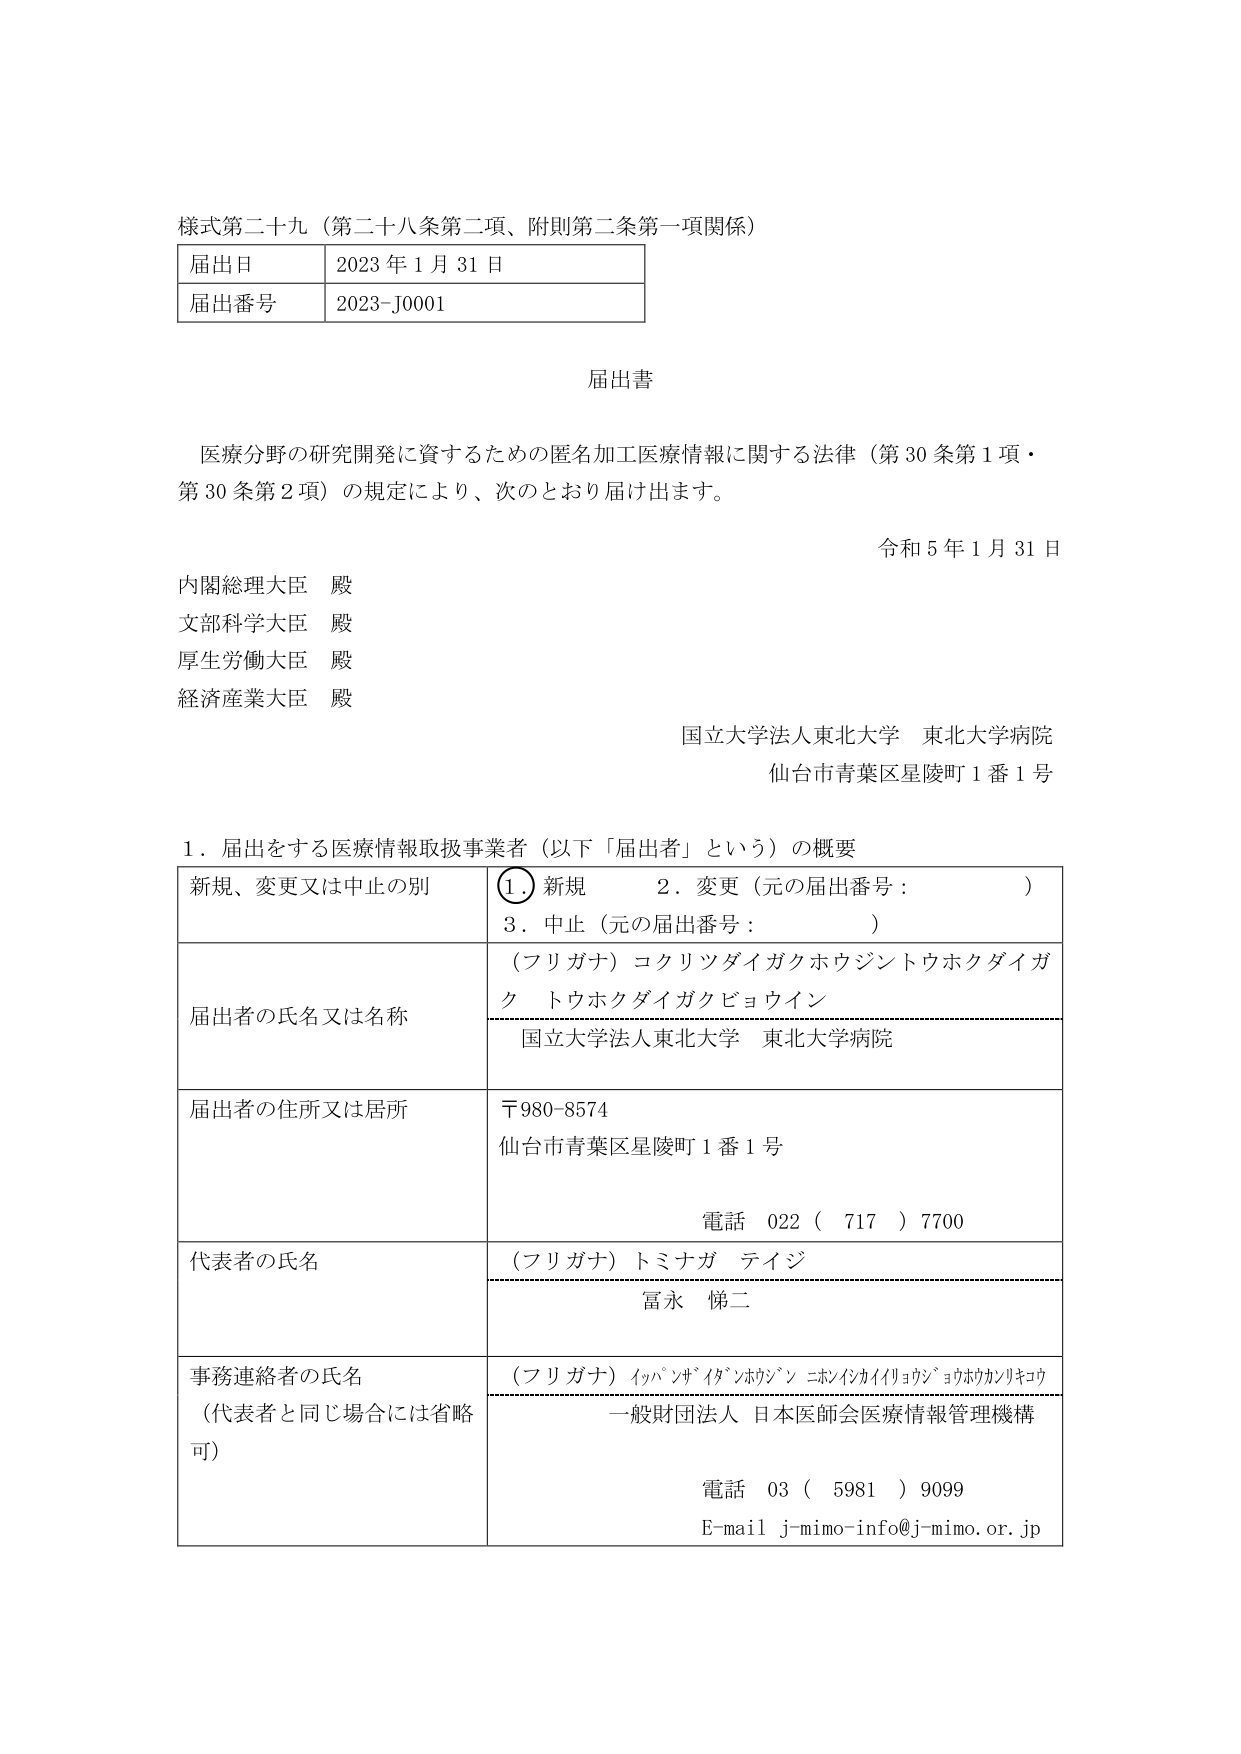
様式第二十九（第二十八条第二項、附則第二条第一項関係）

届出日　2023年1月31日
届出番号　2023-J0001

届出書

医療分野の研究開発に資するための匿名加工医療情報に関する法律（第30条第1項・第30条第2項）の規定により、次のとおり届け出ます。

令和5年1月31日

内閣総理大臣 殿
文部科学大臣 殿
厚生労働大臣 殿
経済産業大臣 殿

国立大学法人東北大学 東北大学病院
仙台市青葉区星陵町1番1号

1．届出をする医療情報取扱事業者（以下「届出者」という）の概要

| 新規、変更又は中止の別 | ① 新規　2．変更（元の届出番号：　　　　）　3．中止（元の届出番号：　　　　） |
|--------------------------|-----------------------------------------------------------------------------|
| 届出者の氏名又は名称    | （フリガナ）コクリツダイガクホウジントウホクダイガク　トウホクダイガクビョウイン<br>国立大学法人東北大学 東北大学病院 |
| 届出者の住所又は居所    | 〒980-8574<br>仙台市青葉区星陵町1番1号<br>電話 022（717）7700 |
| 代表者の氏名            | （フリガナ）トミナガ テイジ<br>富永 悌二 |
| 事務連絡者の氏名<br>（代表者と同じ場合には省略可） | （フリガナ）イッパンザイダンホウジン ニホンイシカイイリョウジョウホウカンリキコウ<br>一般財団法人 日本医師会医療情報管理機構<br>電話 03（5981）9099<br>E-mail j-mimo-info@j-mimo.or.jp |